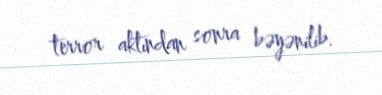
terror aktından sonra bəyənilib.